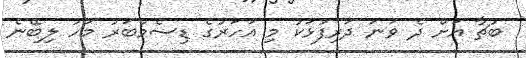
ބުޗާ އަށް ދެ ވަނަ ދަރިފުޅަކު މި އަހަރުގެ ޑިސެމްބަރު މަހު ލިބޭނެ